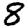
Digit: 8